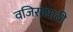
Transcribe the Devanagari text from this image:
वजिरासाठी